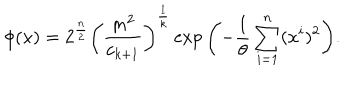
LaTeX: \phi ( x ) = 2 ^ { \frac { n } { 2 } } \left( \frac { m ^ { 2 } } { c _ { k + 1 } } \right) ^ { \frac { 1 } { k } } \exp { \left( - \frac { 1 } { \theta } \sum _ { i = 1 } ^ { n } ( x ^ { i } ) ^ { 2 } \right) } .